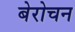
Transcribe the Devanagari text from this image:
बेरोचन